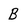
Character: B